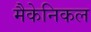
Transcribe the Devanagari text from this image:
मैकेनिकल